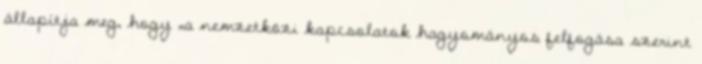
állapítja meg, hogy „a nemzetközi kapcsolatok hagyományos felfogása szerint